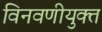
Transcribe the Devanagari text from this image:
विनवणीयुक्त